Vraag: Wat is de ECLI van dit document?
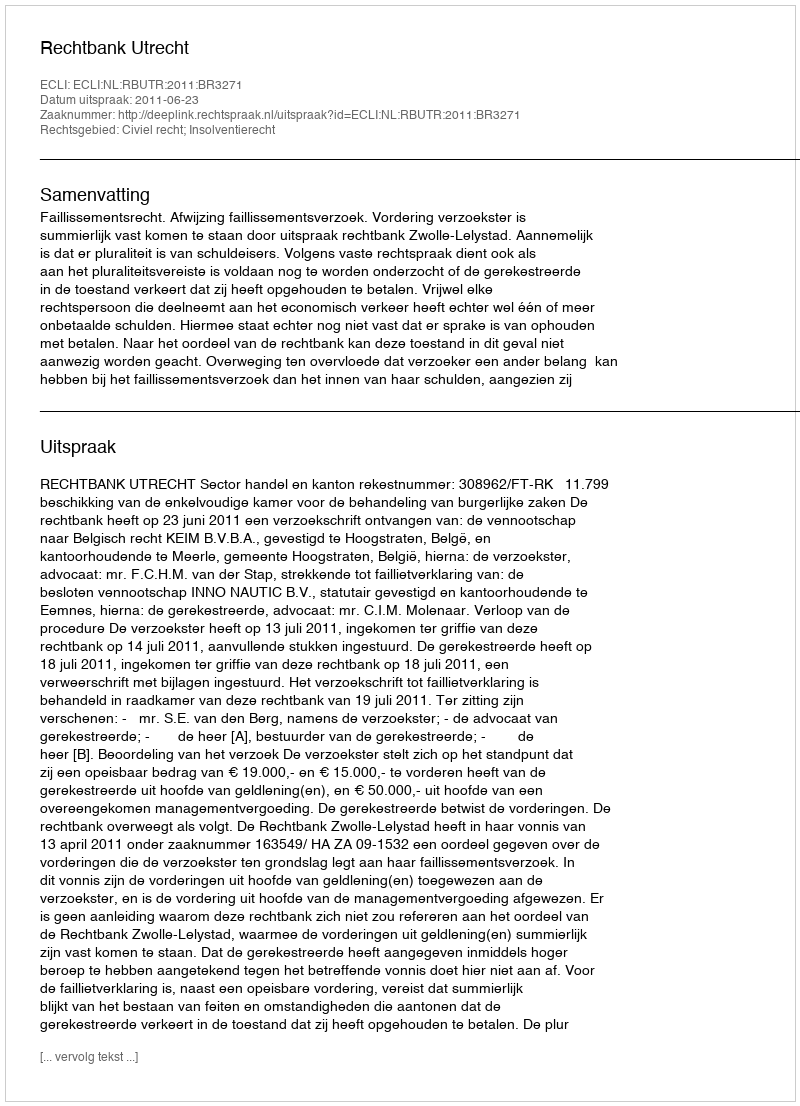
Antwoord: ECLI:NL:RBUTR:2011:BR3271